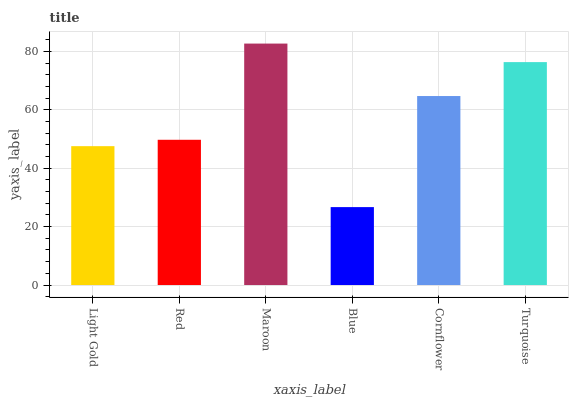
| xaxis_label | bars |
 | --- | --- |
 | Light Gold | 47.6 |
 | Red | 49.7 |
 | Maroon | 82.7 |
 | Blue | 26.7 |
 | Cornflower | 64.7 |
 | Turquoise | 76.3 |